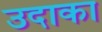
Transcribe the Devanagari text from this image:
उदाका